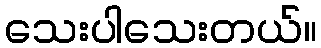
သေးပါသေးတယ်။